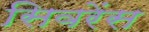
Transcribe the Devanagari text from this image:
सिवरेंस